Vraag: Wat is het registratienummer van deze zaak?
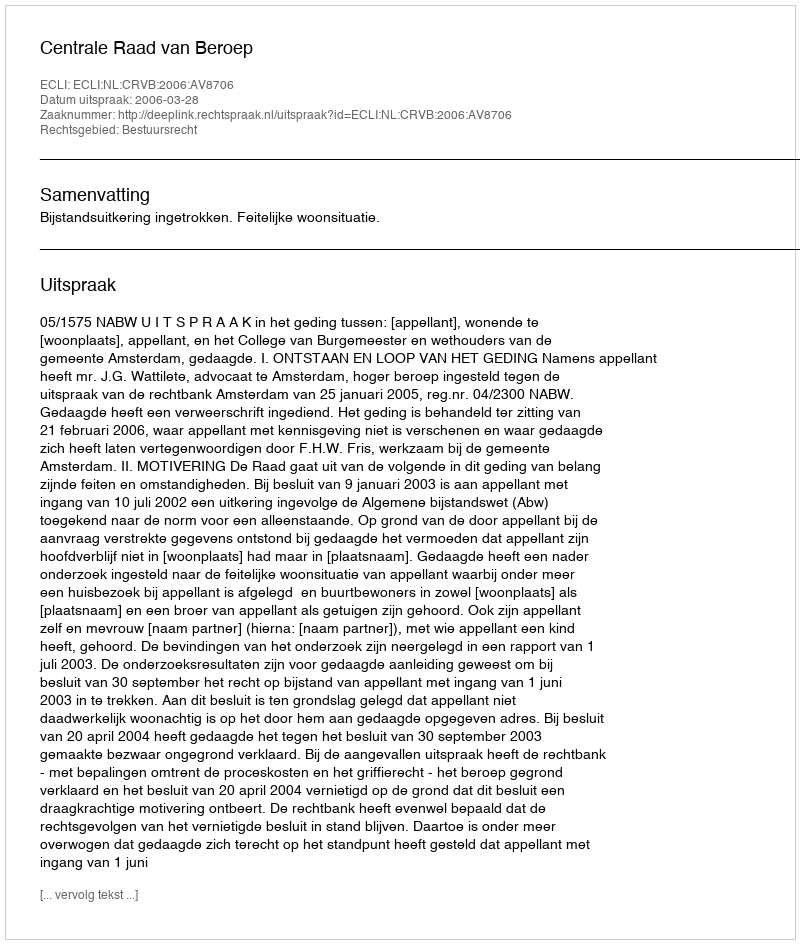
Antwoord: http://deeplink.rechtspraak.nl/uitspraak?id=ECLI:NL:CRVB:2006:AV8706